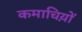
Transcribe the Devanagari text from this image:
कमाचिय़ों